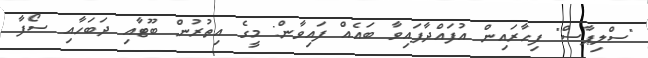
"ސްލިޕާސް" ފިހާރައިން އުފައްދާފައިވާ ބައެއް ފަައިވާން: މީގެ އިތުރުން ބޫޓާއި ދަބަހާއި ސޯފާ